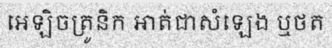
អេឡិចត្រូនិក អាត់ជាសំឡេង ឬថត